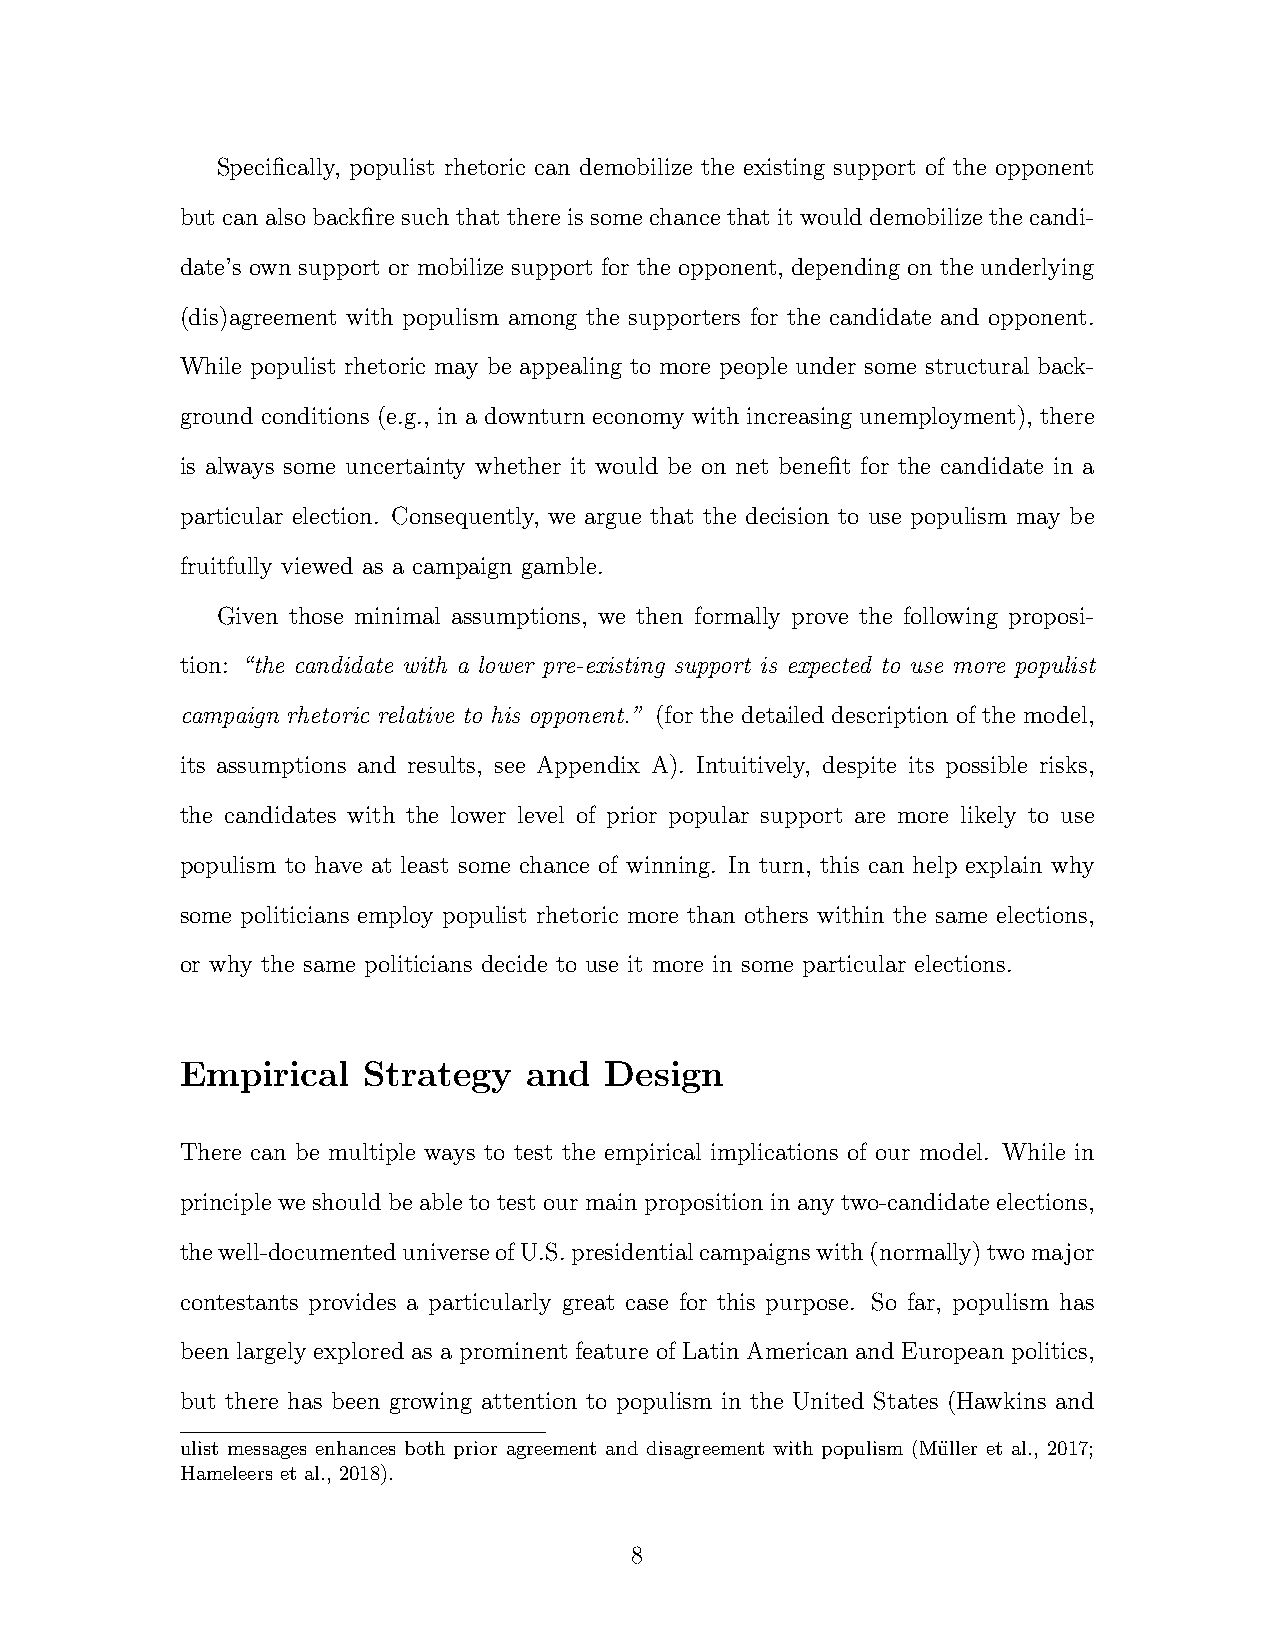
Specifically, populist rhetoric can demobilize the existing support of the opponent
 but can also backfire such that there is some chance that it would demobilize the candi-
 date’s own support or mobilize support for the opponent, depending on the underlying
 (dis)agreement with populism among the supporters for the candidate and opponent.
 While populist rhetoric may be appealing to more people under some structural back-
 ground conditions (e.g., in a downturn economy with increasing unemployment), there
 is always some uncertainty whether it would be on net benefit for the candidate in a
 particular election. Consequently, we argue that the decision to use populism may be
 fruitfully viewed as a campaign gamble.
 Given those minimal assumptions, we then formally prove the following proposi-
 tion: “the candidate with a lower pre-existing support is expected to use more populist
 campaign rhetoric relative to his opponent.” (for the detailed description of the model,
 its assumptions and results, see Appendix A). Intuitively, despite its possible risks,
 the candidates with the lower level of prior popular support are more likely to use
 populism to have at least some chance of winning. In turn, this can help explain why
 some politicians employ populist rhetoric more than others within the same elections,
 or why the same politicians decide to use it more in some particular elections.
 Empirical   Strategy   and  Design
 There can be multiple ways to test the empirical implications of our model. While in
 principle we should be able to test our main proposition in any two-candidate elections,
 thewell-documenteduniverseofU.S.presidentialcampaignswith(normally)twomajor
 contestants provides a particularly great case for this purpose. So far, populism has
 been largely explored as a prominent feature of Latin American and European politics,
 but there has been growing attention to populism in the United States (Hawkins and
 ulist messages enhances both prior agreement and disagreement with populism (Mu¨ller et al., 2017;
 Hameleers et al., 2018).
 8